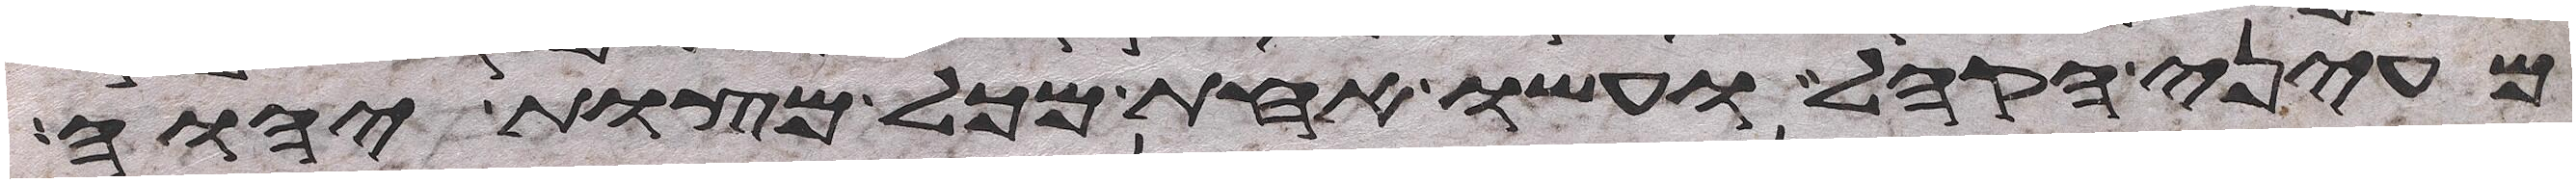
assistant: מעיני הקהל ועשו אחת מכל מצות יהוה